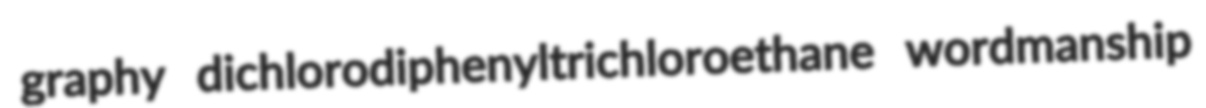
graphy dichlorodiphenyltrichloroethane wordmanship